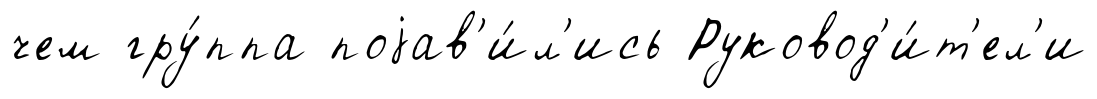
чем гру́ппа поjав'и́л'ись Руковод'и́т'ел'и